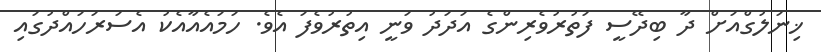
ޚިނަލުގްއަށް ދާ ބިދޭސީ ފަތުރުވެރިންގެ އަދަދު ވަނީ އިތުރުވެފަ އެވެ. ހަމައެއާއެކު އެސަރަހައްދުގައި